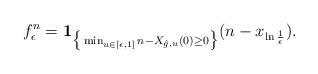
LaTeX: \begin{align*} f_\epsilon^{n} =\mathbf{1}_{ \big\{\min_{u\in[\epsilon,1]}n -X_{\hat{g},u}(0) \geq 0\big\}}(n -x_{\ln \frac{1}{\epsilon}} ).\end{align*}